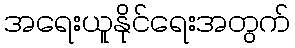
အရေးယူနိုင်ရေးအတွက်